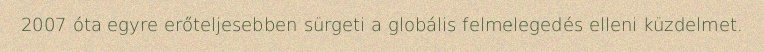
2007 óta egyre erőteljesebben sürgeti a globális felmelegedés elleni küzdelmet.